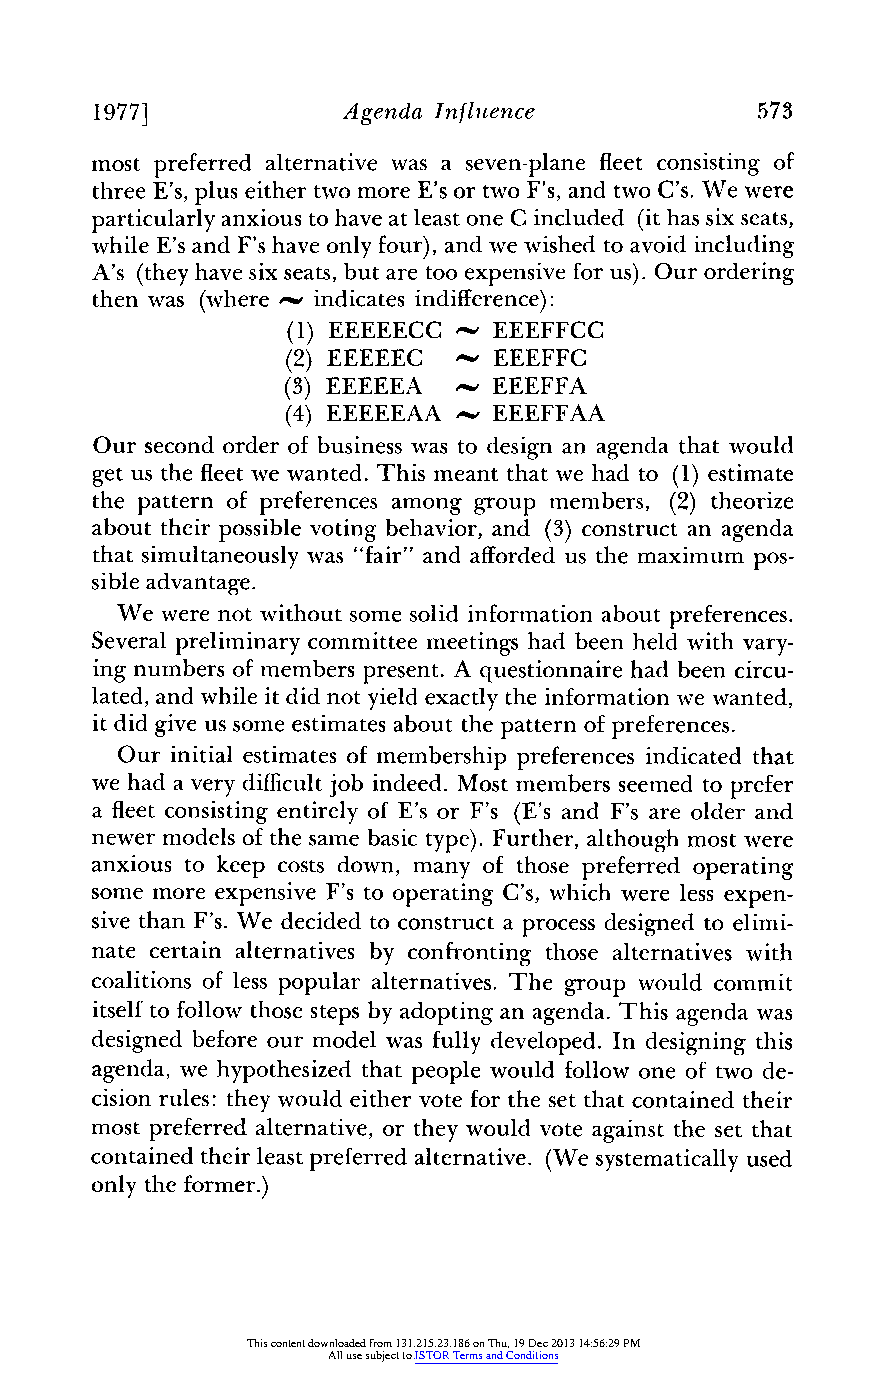
1977]            Agenda Influence           573
 most preferred alternative was a seven-plane fleet consisting of
 three E's, plus either two more E's or two F's, and two C's. We were
 particularlya nxious to have at least one C included (it has six seats,
 while E's and F's have only four),a nd we wished to avoid including
 A's (theyh ave six seats,b ut are too expensive foru s). Our ordering
 then was (where ~ indicates indifference):
 (1) EEEEECC   EEEFFCC
 (2) EEEEEC    EEEFFC
 (3) EEEEEA    EEEFFA
 (4) EEEEEAA   EEEFFAA
 Our second order of business was to design an agenda that would
 get us the fleetw e wanted. This meant that we had to (1) estimate
 the pattern of preferences among group members, (2) theorize
 about their possible voting behavior, and (3) constructa n agenda
 that simultaneouslyw as "fair" and affordedu s the maximum pos-
 sible advantage.
 We were not without some solid informationa bout preferences.
 Several preliminaryc ommittee meetingsh ad been held with vary-
 ing numbers of members present.A questionnaire had been circu-
 lated, and while it did not yield exactlyt he informationw e wanted,
 it did give us some estimatesa bout the patterno f preferences.
 Our initial estimateso f membership preferencesi ndicated that
 we had a veryd ifficultjo b indeed. Most members seemed to prefer
 a fleetc onsistinge ntirelyo f E's or F's (E's and F's are older and
 newer models of the same basic type). Further,a lthough most were
 anxious to keep costs down, many of those preferred operating
 some more expensive F's to operating C's, which were less expen-
 sive than F's. We decided to constructa process designed to elimi-
 nate certain alternatives by confronting those alternatives with
 coalitions of less popular alternatives.T he group would commit
 itselft o follow those steps by adopting an agenda. This agenda was
 designed before our model was fully developed. In designing this
 agenda, we hypothesizedt hat people would follow one of two de-
 cision rules: theyw ould either vote fort he set that contained their
 most preferreda lternative,o r theyw ould vote against the set that
 contained theirl east preferreda lternative. (We systematicallyu sed
 only the former.)
 This content downloaded from 131.215.23.186 on Thu, 19 Dec 2013 14:56:29 PM
 All use subject to JSTOR Terms and Conditions